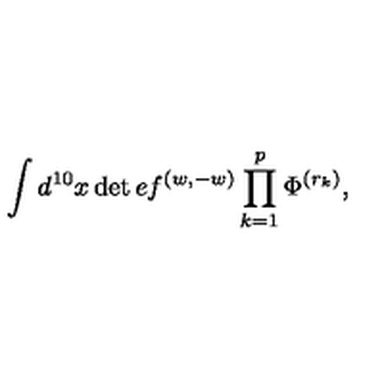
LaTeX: { \int d ^ { 1 0 } x \det e f ^ { ( w , - w ) } \prod _ { k = 1 } ^ { p } \Phi ^ { ( r _ { k } ) } , }